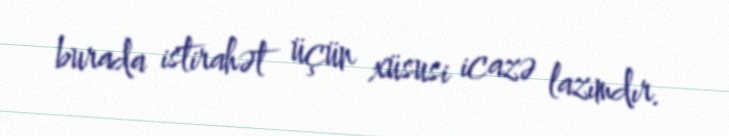
burada istirahət üçün xüsusi icazə lazımdır.